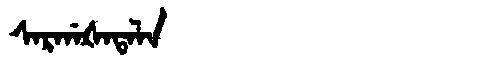
Manchu: ᠰᠠᡵᡤᠠᡧᠠᡨᠠᠯᠠ
Romanization: SARGAŠATALA